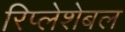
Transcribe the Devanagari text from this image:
रिप्लेशेबल